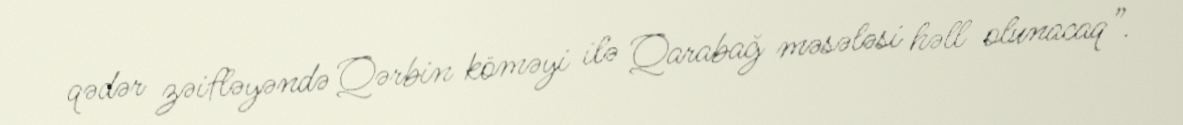
qədər zəifləyəndə Qərbin köməyi ilə Qarabağ məsələsi həll olunacaq”.